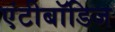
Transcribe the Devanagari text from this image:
एंटीबॉडिज